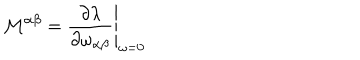
{ \cal M } ^ { \alpha \beta } = \left. \frac { \partial \lambda } { \partial \omega _ { \alpha \beta } } \right| _ { \omega = 0 }